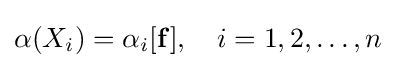
\alpha (X_{i})=\alpha _{i}[\mathbf {f} ],\quad i=1,2,\dots ,n